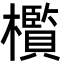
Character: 㰓